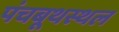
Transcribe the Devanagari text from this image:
पंचबूथस्थल